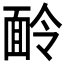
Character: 𩈖